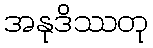
အနုဒိဿတု